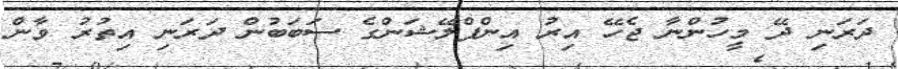
ދަރަނި ދޭ މީހުންނާ ޖެހޭ އިރު އިންފްލޭޝަންގެ ސަބަބުން ދަރަނި އިތުރު ވާން